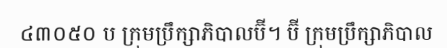
៤៣០៥០ ប ក្រុមប្រឹក្សាភិបាលប៊ី។ ប៊ី ក្រុមប្រឹក្សាភិបាល